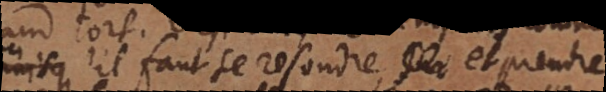
ou il faut se resoudre et prendre